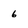
Character: 6